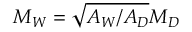
M _ { W } = \sqrt { A _ { W } / A _ { D } } M _ { D }